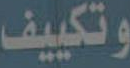
وتكييف